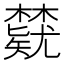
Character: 𬅃